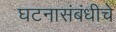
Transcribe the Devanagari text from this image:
घटनासंबंधीचे